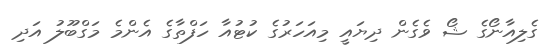
ގެލިއާނޯގެ ޝޯ ވެގެން ދިޔައީ މިއަހަރުގެ ކުޓުއާ ހަފްތާގެ އެންމެ މަގްބޫލު އަދި